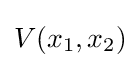
V(x_{1},x_{2})